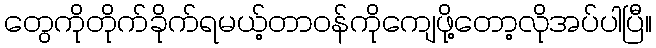
တွေကိုတိုက်ခိုက်ရမယ့်တာဝန်ကိုကျေဖို့တော့လိုအပ်ပါပြီ။